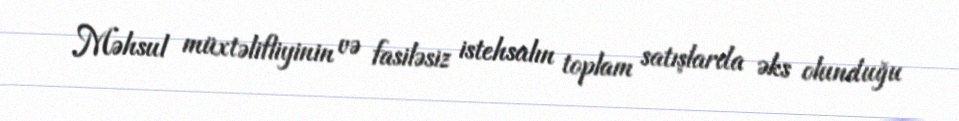
Məhsul müxtəlifliyinin və fasiləsiz istehsalın toplam satışlarda əks olunduğu